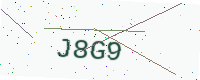
Text: J8G9